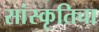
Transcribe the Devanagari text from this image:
सांस्कृतिचा